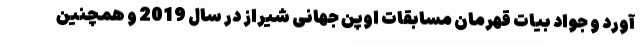
آورد و جواد بیات قهرمان مسابقات اوپن جهانی شیراز در سال 2019 و همچنین